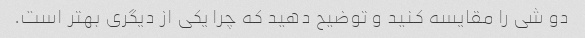
دو شی را مقایسه کنید و توضیح دهید که چرا یکی از دیگری بهتر است.